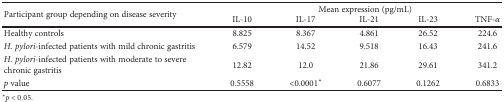
| <ROWSPAN=2> Participant group depending on disease severity | <COLSPAN=5> Mean expression (pg/mL) |
 | IL-10 | IL-17 | IL-21 | IL-23 | TNF-α |
 | --- | --- | --- | --- | --- | --- |
 | Healthy controls | 8.825 | 8.367 | 4.861 | 26.52 | 224.6 |
 | H. pylori-infected patients with mild chronic gastritis | 6.579 | 14.52 | 9.518 | 16.43 | 241.6 |
 | H. pylori-infected patients with moderate to severe chronic gastritis | 12.82 | 12.0 | 21.86 | 29.61 | 341.2 |
 | p value | 0.5558 | <0.0001∗ | 0.6077 | 0.1262 | 0.6833 |